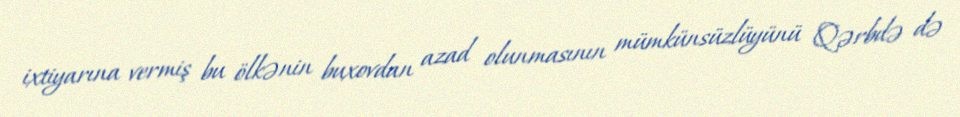
ixtiyarına vermiş bu ölkənin buxovdan azad olunmasının mümkünsüzlüyünü Qərbdə də